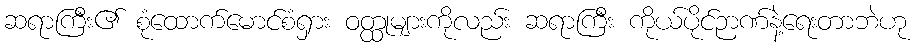
ဆရာကြီး၏ စုံထောက်မောင်စံရှား ဝတ္ထုများကိုလည်း ဆရာကြီး ကိုယ်ပိုင်ဉာဏ်နဲ့ရေးတာဘဲဟု